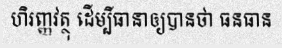
ហិរញ្ញវត្ថុ ដើម្បីធានាឲ្យបានថា ធនធាន